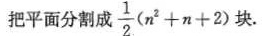
把平面分割成 $$\frac { 1 } { 2 } ( n ^ { 2 } + n + 2 )$$ 块.